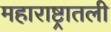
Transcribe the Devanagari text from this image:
महाराष्ट्रातली